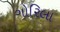
ગોરિલા